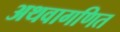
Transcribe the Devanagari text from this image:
अथवागणित